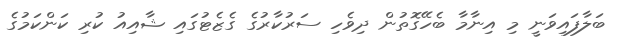
ބަލާފައިވަނީ މި އިނާމާ ބެހޭގޮތުން ދިވެހި ސަރުކާރުގެ ގެޒެޓުގައި ޝާއިއު ކުރި ކަންކަމުގެ